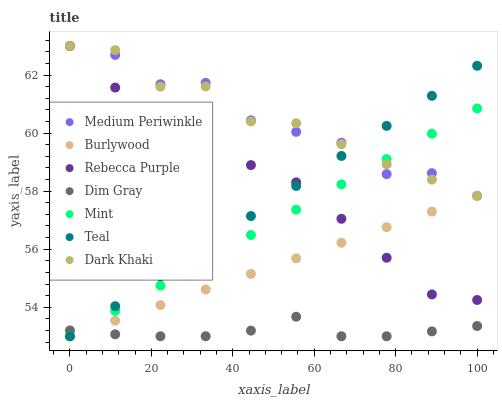
| xaxis_label | Medium Periwinkle | Burlywood | Rebecca Purple | Dim Gray | Mint | Teal | Dark Khaki |
 | --- | --- | --- | --- | --- | --- | --- | --- |
 | 0 | 63 | 53 | 63 | 53.2 | 53 | 53 | 63 |
 | 11.1 | 62.7 | 53.5 | 61.6 | 53.1 | 53.9 | 54 | 62.9 |
 | 22.2 | 61.7 | 54.1 | 60.7 | 53 | 54.7 | 55.1 | 61.6 |
 | 33.3 | 61.7 | 54.6 | 59.6 | 53 | 55.6 | 56.1 | 61.6 |
 | 44.4 | 60.4 | 55.1 | 58.9 | 53.2 | 56.5 | 57.1 | 60.4 |
 | 55.6 | 60 | 55.7 | 58.3 | 53.7 | 57.4 | 58.2 | 60.3 |
 | 66.7 | 59.7 | 56.2 | 57 | 53 | 58.2 | 59.2 | 59.6 |
 | 77.8 | 58.6 | 56.8 | 55.7 | 53 | 59.1 | 60.2 | 58.9 |
 | 88.9 | 58.6 | 57.3 | 54.4 | 53.2 | 60 | 61.3 | 58.4 |
 | 100 | 57.8 | 57.8 | 54.2 | 53.4 | 60.8 | 62.3 | 57.8 |